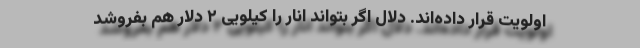
اولویت قرار داده‌اند. دلال اگر بتواند انار را کیلویی ۲ دلار هم بفروشد